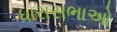
ધારાસભાઓ